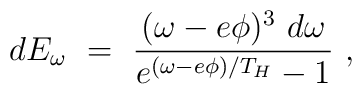
dE_\omega~=~\frac{(\omega-e\phi)^3~d\omega}{e^{(\omega-e\phi)/T_H} -1 }~,